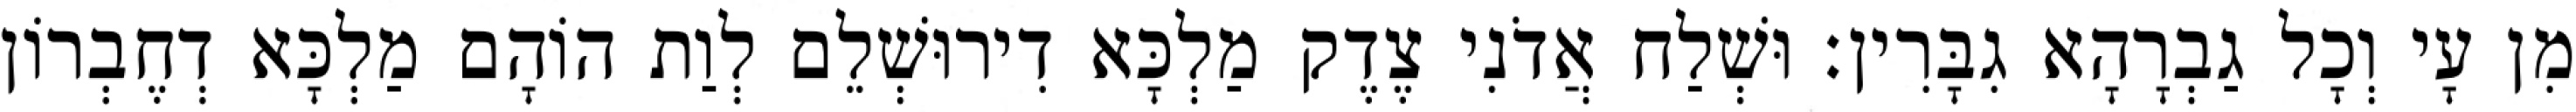
מִן עָי וְכָל גַבְרָהָא גִבָּרִין׃ וּשְׁלַח אֲדֹנִי צֶדֶק מַלְכָּא דִירוּשְׁלֵם לְוַת הוֹהָם מַלְכָּא דְחֶבְרוֹן